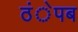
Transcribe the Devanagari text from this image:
ठंेपब